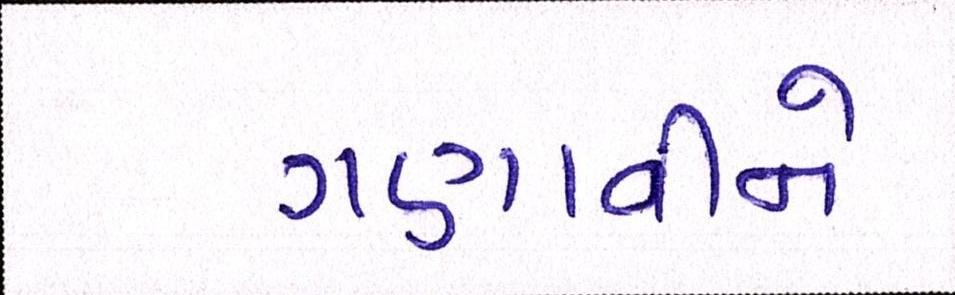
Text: ગણાવીને